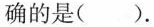
确的是( ).